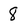
Character: 8